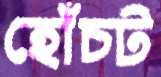
হোঁচট